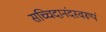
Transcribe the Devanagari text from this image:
सच्चिदानंदस्वरूपं